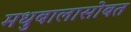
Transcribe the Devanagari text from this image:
मधुबालासोबत